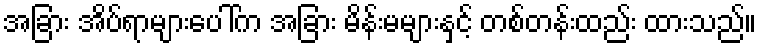
အခြား အိပ်ရာများပေါ်က အခြား မိန်းမများနှင့် တစ်တန်းထည်း ထားသည်။